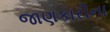
જાણકારીના